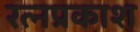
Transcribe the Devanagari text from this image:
रत्नप्रकाश